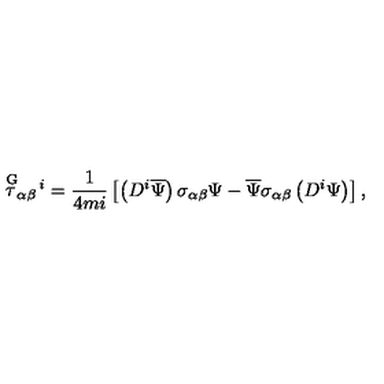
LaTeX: \stackrel { \mathrm { G } } { \tau } _ { \alpha \beta } { } ^ { \! i } = \frac { 1 } { 4 m i } \left[ \left( D ^ { i } \overline { { \Psi } } \right) \sigma _ { \alpha \beta } \Psi - \overline { { \Psi } } \sigma _ { \alpha \beta } \left( D ^ { i } \Psi \right) \right] ,